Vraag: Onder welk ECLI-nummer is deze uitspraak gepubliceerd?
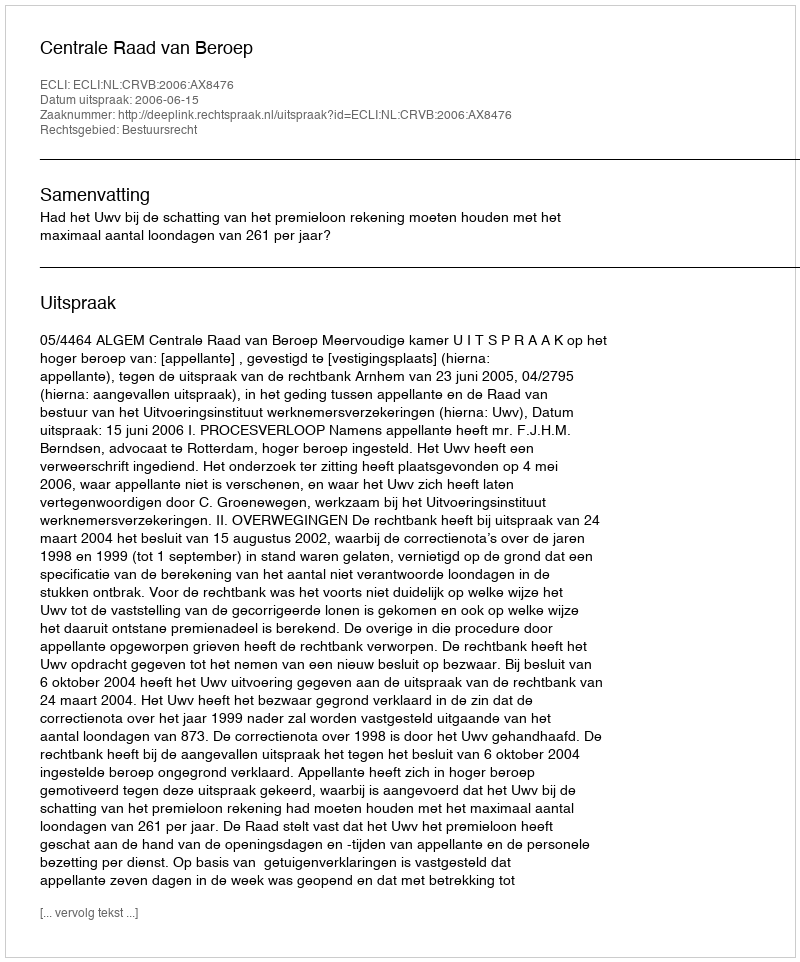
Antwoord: ECLI:NL:CRVB:2006:AX8476